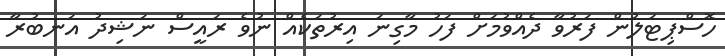
ހޮސްޕިޓަލުން ފަރުވާ ދެއްވުމަށް ފަހު މާގިނަ އިރުތަކެއް ނުވެ ރައީސް ނަޝިދު އަނބުރާ